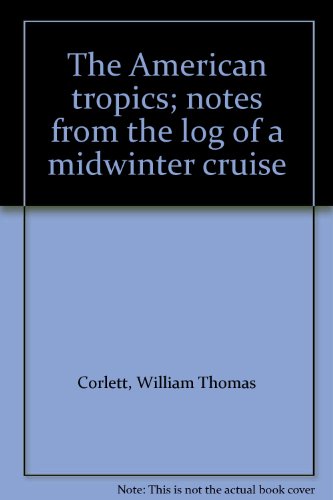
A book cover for The American tropics; notes from the log of a midwinter cruise; William Thomas Corlett; Travel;